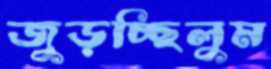
জুড়চ্ছিলুম